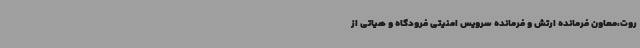
روت،معاون فرمانده ارتش و فرمانده سرویس امنیتی فرودگاه و هیاتی از